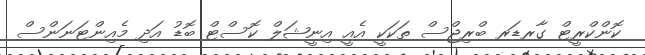
ކޮންކްރީޓް ގާރޑަރ ބްރިޖްސް ތަކަކީ އެއީ އިނީޝަލް ކޮސްޓް ބޮޑު އަދި މެއިންޓަނަންސް